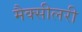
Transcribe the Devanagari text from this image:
मैक्सीलरी